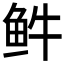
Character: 𲍊